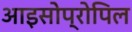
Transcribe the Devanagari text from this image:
आइसोप्रोपिल